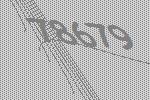
78679